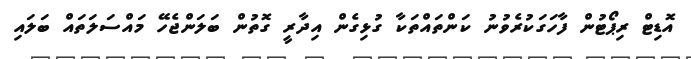
އޮޑިޓް ރިޕޯޓުން ފާހަގަކުރެވުނު ކަންތައްތަކާ ގުޅިގެން އިދާރީ ގޮތުން ބަލަންޖެހޭ މައްސަލަތައް ބަލައި